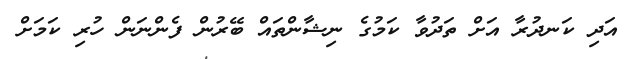
އަދި ކަނދުރާ އަށް ތަދުވާ ކަމުގެ ނިޝާންތައް ބޭރުން ފެންނަން ހުރި ކަމަށް